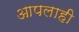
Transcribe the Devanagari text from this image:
आपलाही